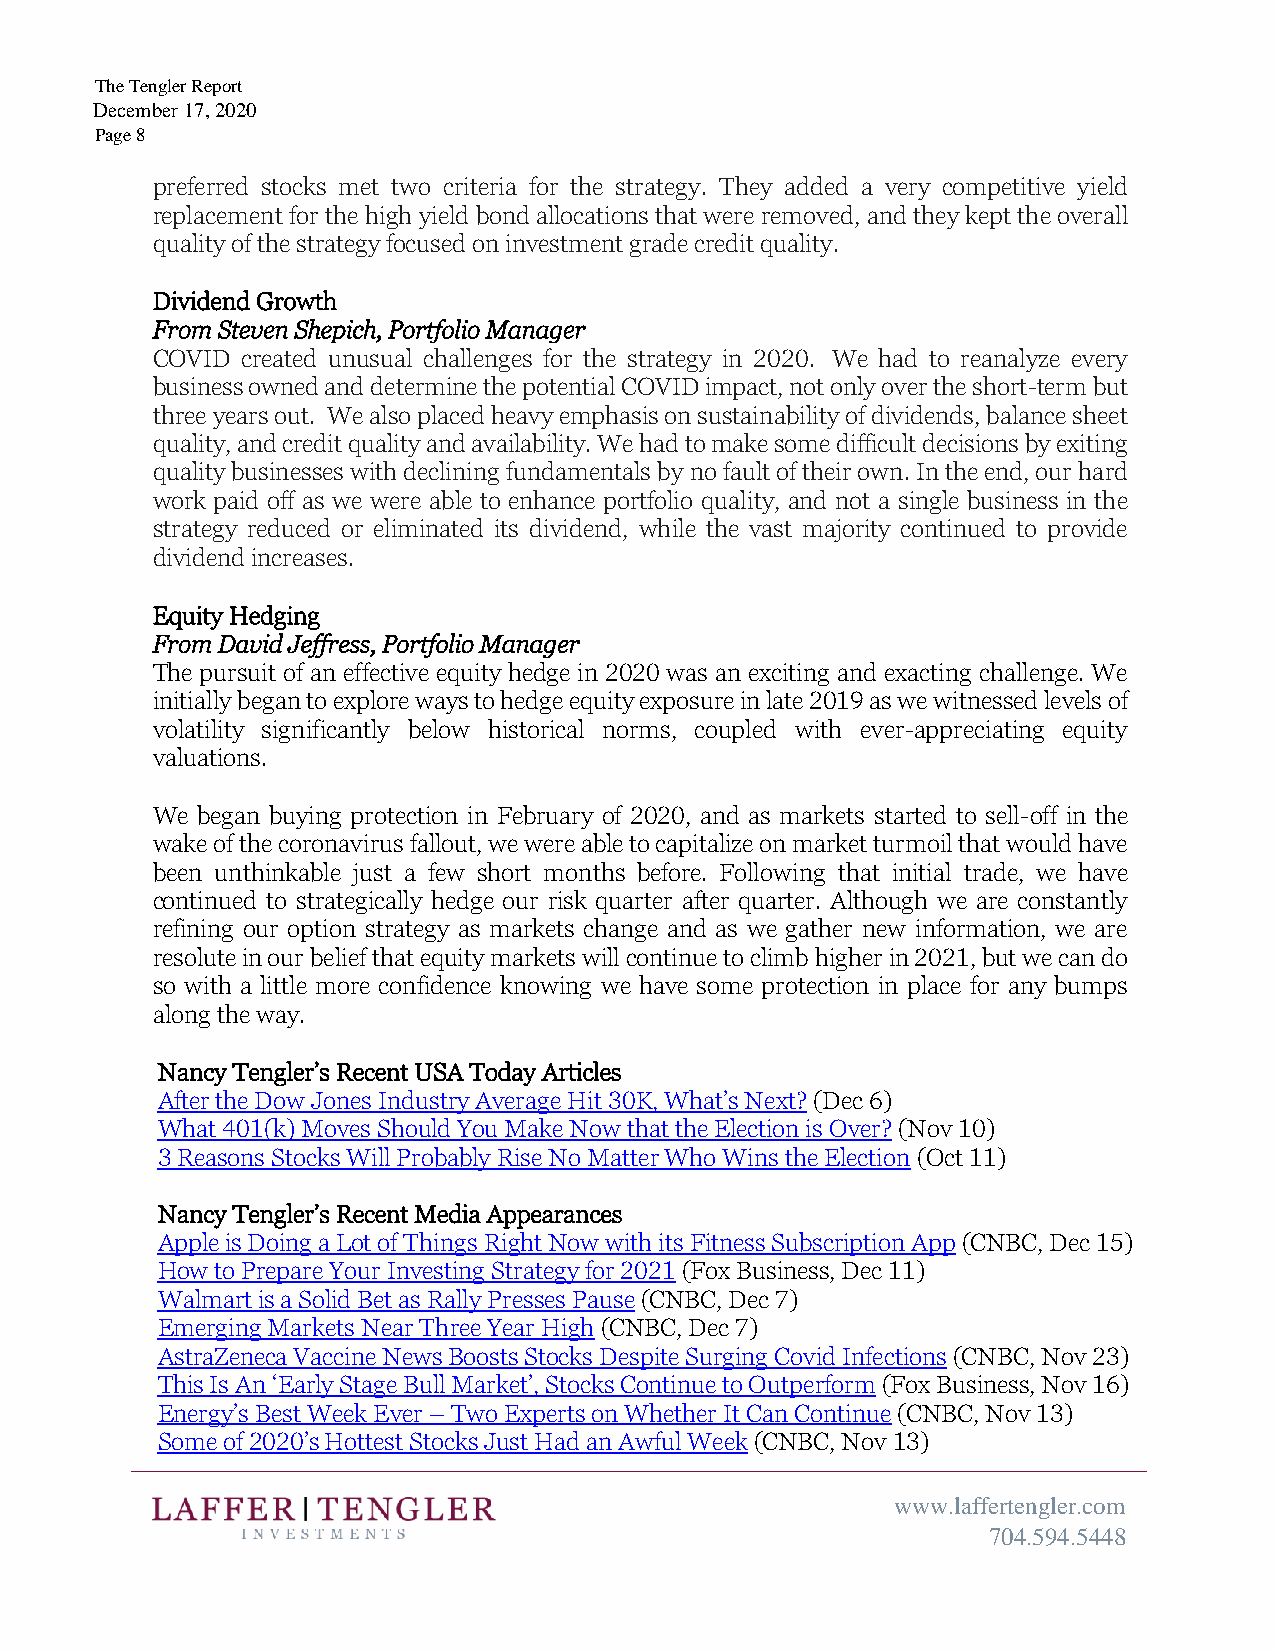
The Tengler Report
 December 17, 2020
 Page 8
 preferred stocks met two criteria for the strategy. They added a very competitive yield
 replacement for the high yield bond allocations that were removed, and they kept the overall
 quality of the strategy focused on investment grade credit quality.
 Dividend Growth
 From Steven Shepich, Portfolio Manager
 COVID created unusual challenges for the strategy in 2020. We had to reanalyze every
 business owned and determine the potential COVID impact, not only over the short-term but
 three years out. We also placed heavy emphasis on sustainability of dividends, balance sheet
 quality, and credit quality and availability. We had to make some difficult decisions by exiting
 quality businesses with declining fundamentals by no fault of their own. In the end, our hard
 work paid off as we were able to enhance portfolio quality, and not a single business in the
 strategy reduced or eliminated its dividend, while the vast majority continued to provide
 dividend increases.
 Equity Hedging
 From David Jeffress, Portfolio Manager
 The pursuit of an effective equity hedge in 2020 was an exciting and exacting challenge. We
 initially began to explore ways to hedge equity exposure in late 2019 as we witnessed levels of
 volatility significantly below historical norms, coupled with ever-appreciating equity
 valuations.
 We began buying protection in February of 2020, and as markets started to sell-off in the
 wake of the coronavirus fallout, we were able to capitalize on market turmoil that would have
 been unthinkable just a few short months before. Following that initial trade, we have
 continued to strategically hedge our risk quarter after quarter. Although we are constantly
 refining our option strategy as markets change and as we gather new information, we are
 resolute in our belief that equity markets will continue to climb higher in 2021, but we can do
 so with a little more confidence knowing we have some protection in place for any bumps
 along the way.
 Nancy Tengler’s Recent USA Today Articles
 After the Dow Jones Industry Average Hit 30K, What’s Next? (Dec 6)
 What 401(k) Moves Should You Make Now that the Election is Over? (Nov 10)
 3 Reasons Stocks Will Probably Rise No Matter Who Wins the Election (Oct 11)
 Nancy Tengler’s Recent Media Appearances
 Apple is Doing a Lot of Things Right Now with its Fitness Subscription App (CNBC, Dec 15)
 How to Prepare Your Investing Strategy for 2021 (Fox Business, Dec 11)
 Walmart is a Solid Bet as Rally Presses Pause (CNBC, Dec 7)
 Emerging Markets Near Three Year High (CNBC, Dec 7)
 AstraZeneca Vaccine News Boosts Stocks Despite Surging Covid Infections (CNBC, Nov 23)
 This Is An ‘Early Stage Bull Market’, Stocks Continue to Outperform (Fox Business, Nov 16)
 Energy’s Best Week Ever – Two Experts on Whether It Can Continue (CNBC, Nov 13)
 Some of 2020’s Hottest Stocks Just Had an Awful Week (CNBC, Nov 13)
 www.laffertengler.com
 704.594.5448